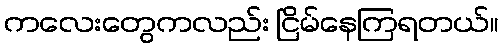
ကလေးတွေကလည်း ငြိမ်နေကြရတယ်။